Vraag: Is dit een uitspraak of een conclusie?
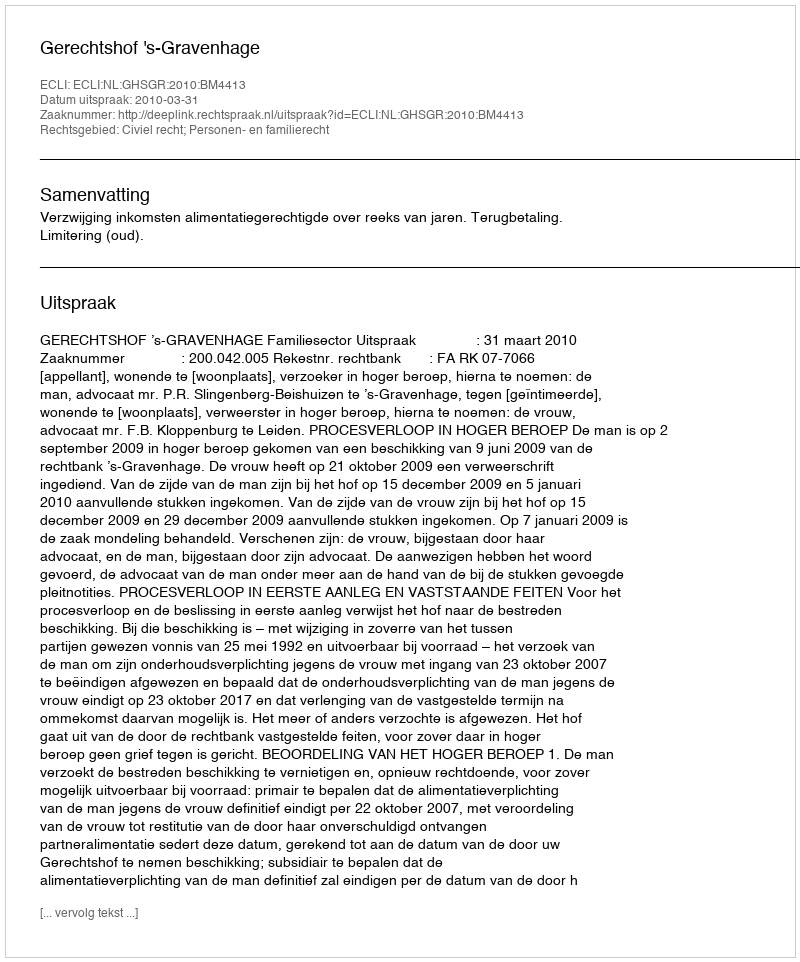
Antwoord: Uitspraak